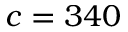
c = 3 4 0